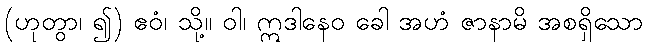
(ဟုတွာ၊ ၍) ဧဝံ၊ သို့။ ဝါ၊ ဣဒါနေဝ ခေါ အဟံ ဇာနာမိ အစရှိသော